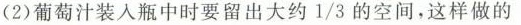
(2)葡萄汁装入瓶中时要留出大约1/3的空间，这样做的